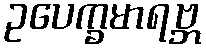
ဥပေက္ခမာရဗ္ဘ